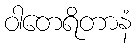
ဝါတေရိတာနံ